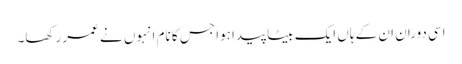
اسی دوران ان کے ہاں ایک بیٹا پیدا ہوا جس کا نام انہوں نے عمر رکھا۔